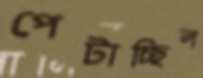
পেটাচ্ছিল